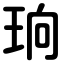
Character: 珦